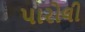
પારોલી